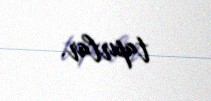
tapırlar.